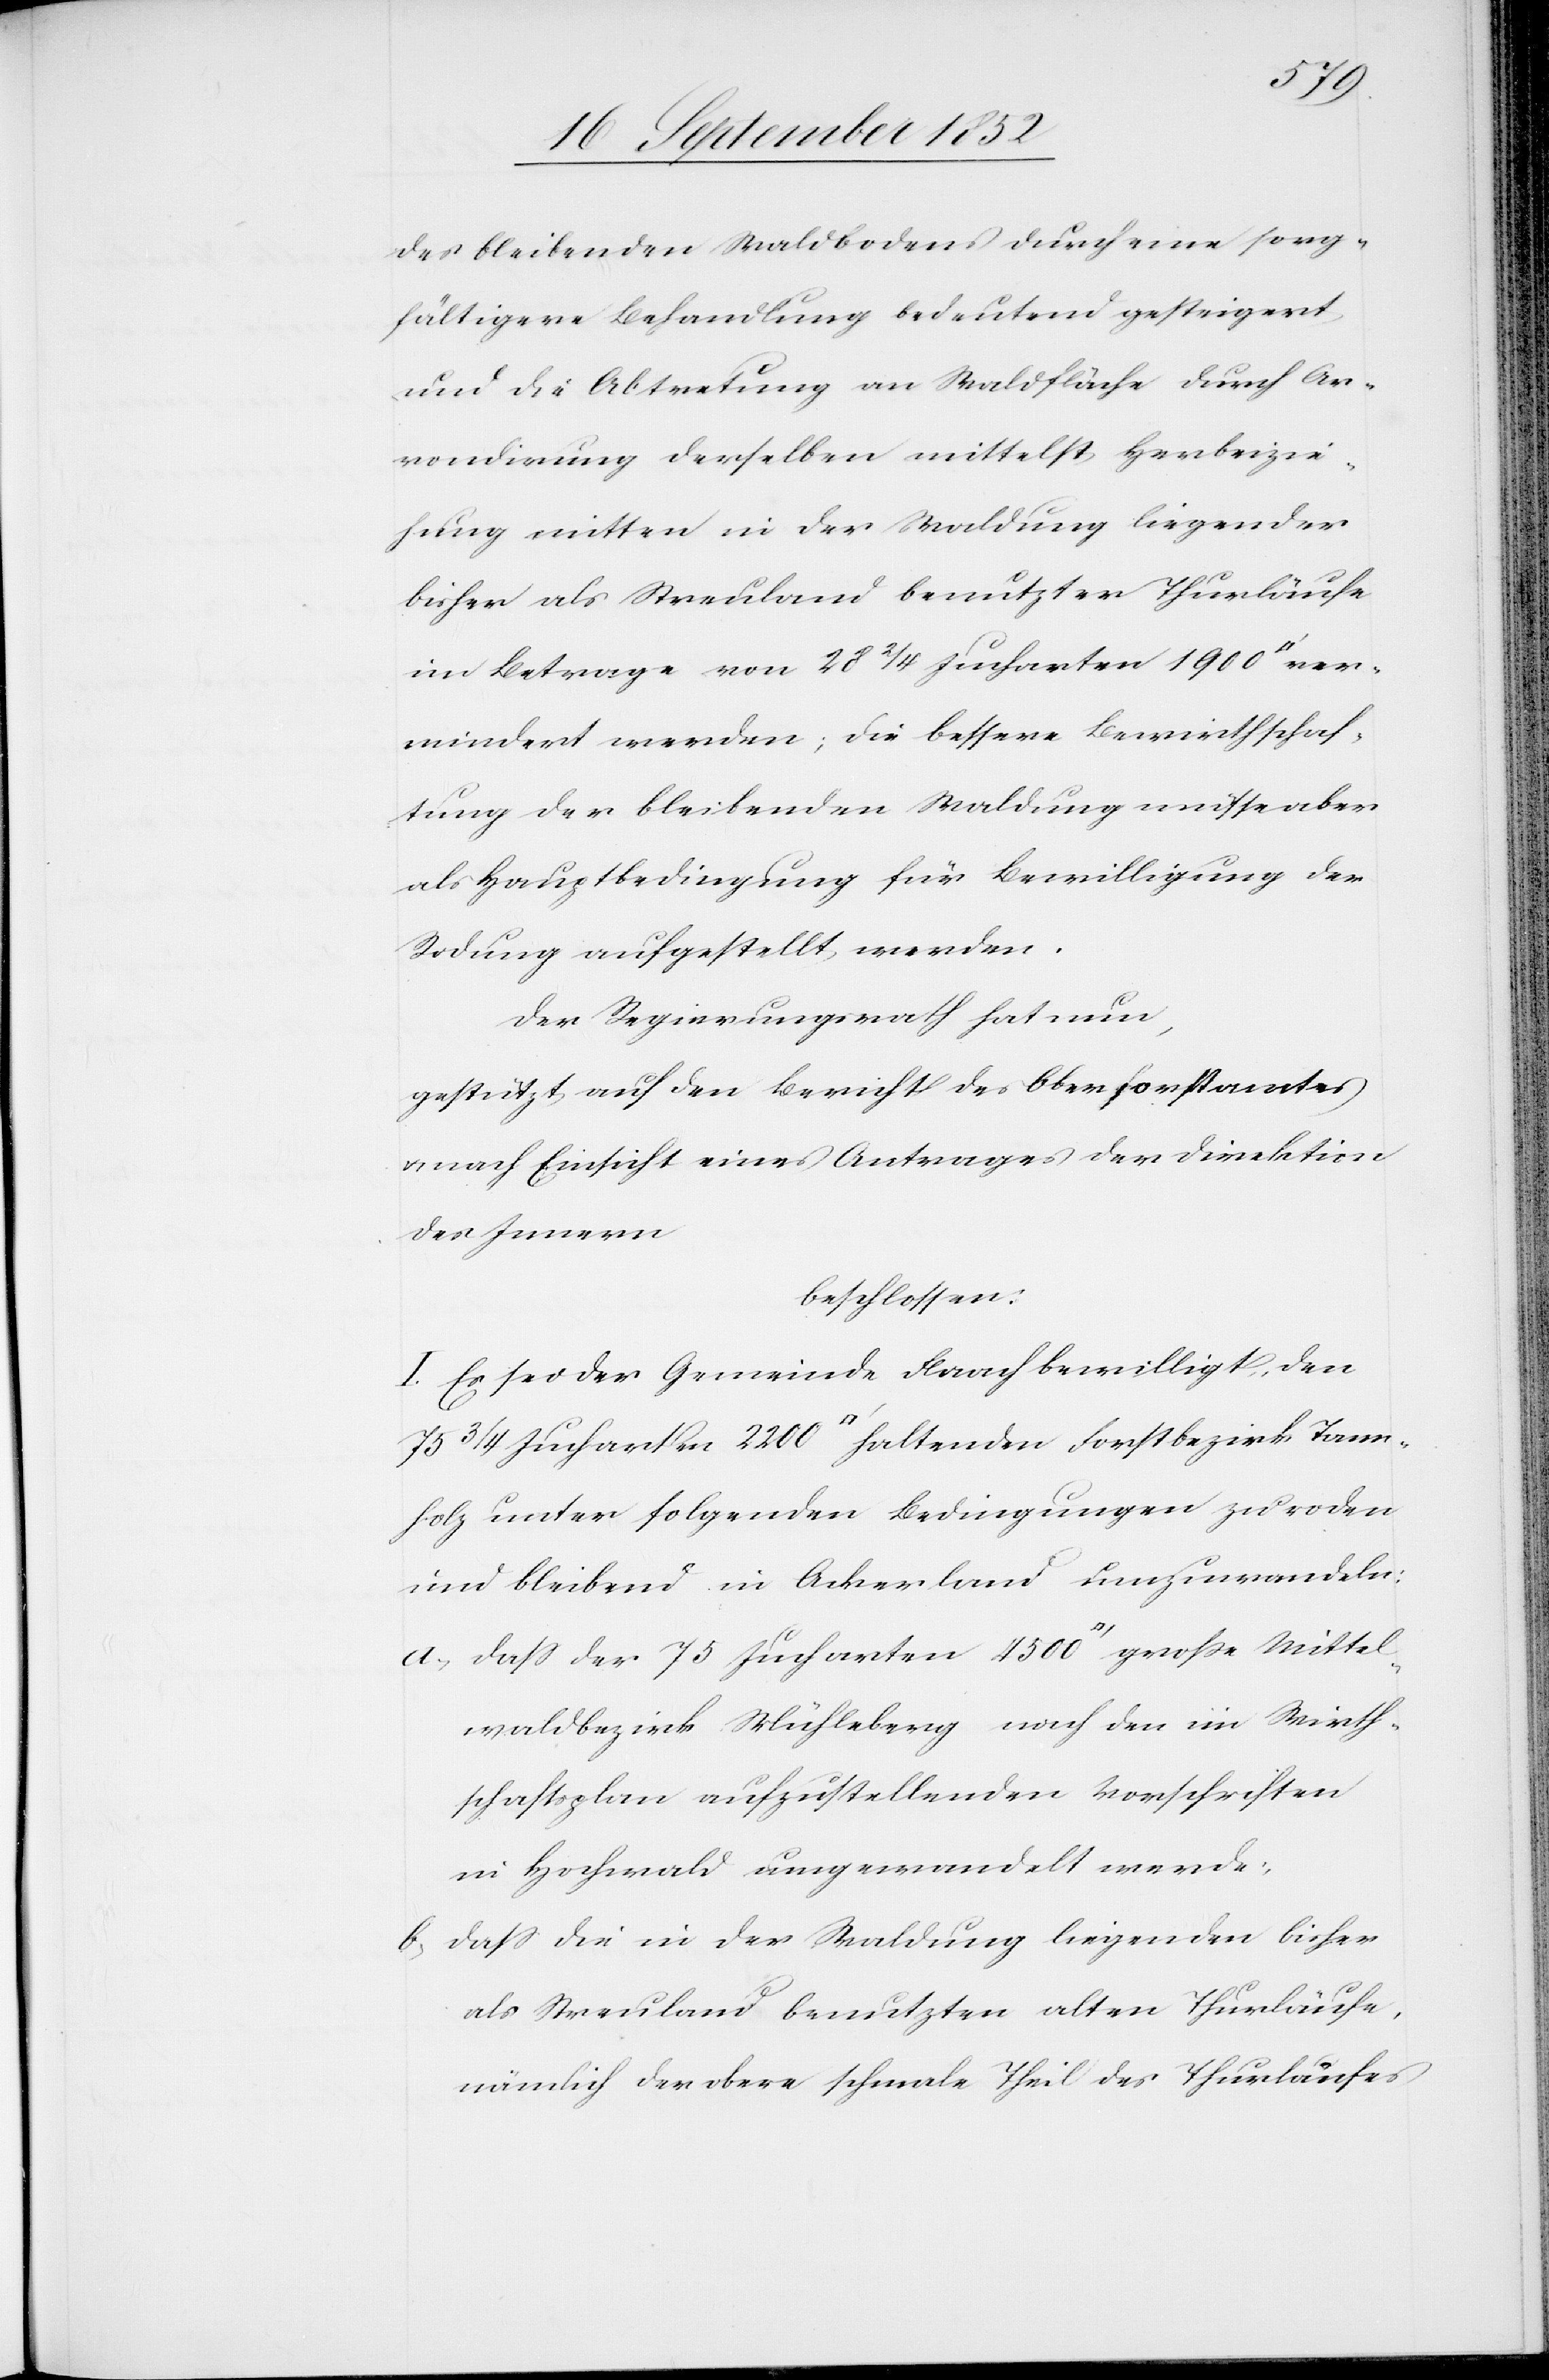
Mittel¬
des bleibenden Waldbodens durch eine sorg¬
fältigere Behandlung bedeutend gesteigert
und die Abtretung an Waldfläche durch Ar¬
rondirung derselben mittelst Herbeizie¬
hung mitten in der Waldung liegender
bisher als Streuland benutzter Thurläufe
im Betrage von 28 2/4 Jucharten 1900
vermindert werden; die bessere Bewirthschaf¬
tung der bleibenden Waldung müsse aber
als Hauptbedingung für Bewilligung der
Rodung aufgestellt werden.
Der Regierungsrath hat nun,
gestützt auf den Bericht des Oberforstamtes
& nach Einsicht eines Antrages der Direktion
des Innern
beschlossen:
I. Es sei der Gemeinde Flaach bewilligt, den
holz unter folgenden Bedingungen zu roden
und bleibend in Ackerland umzuwandeln:
waldbezirk Mühleberg nach den im Wirth¬
schaftsplan aufzustellenden Vorschriften
in Hochwald umgewandelt werde;
dass die in der Waldung liegenden bisher
als Streuland benutzten alten Thurläufe,
nämlich der obere schmale Theil des Thurlaufes